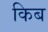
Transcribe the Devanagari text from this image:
किब